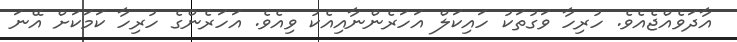
އާދަވެއްޖެއެވެ. ހުރިހާ ވަގުތަކު ހައިކަލް އަހަރެންނާއިއެކު ވިއެވެ. އަހަރެންގެ ހުރިހާ ކަމަކަށް އޭނަ